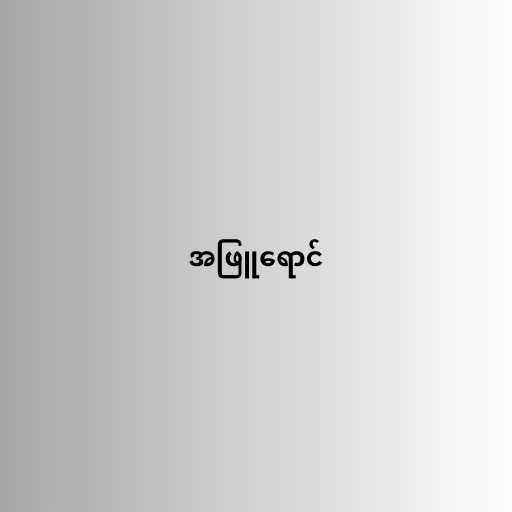
အဖြူရောင်